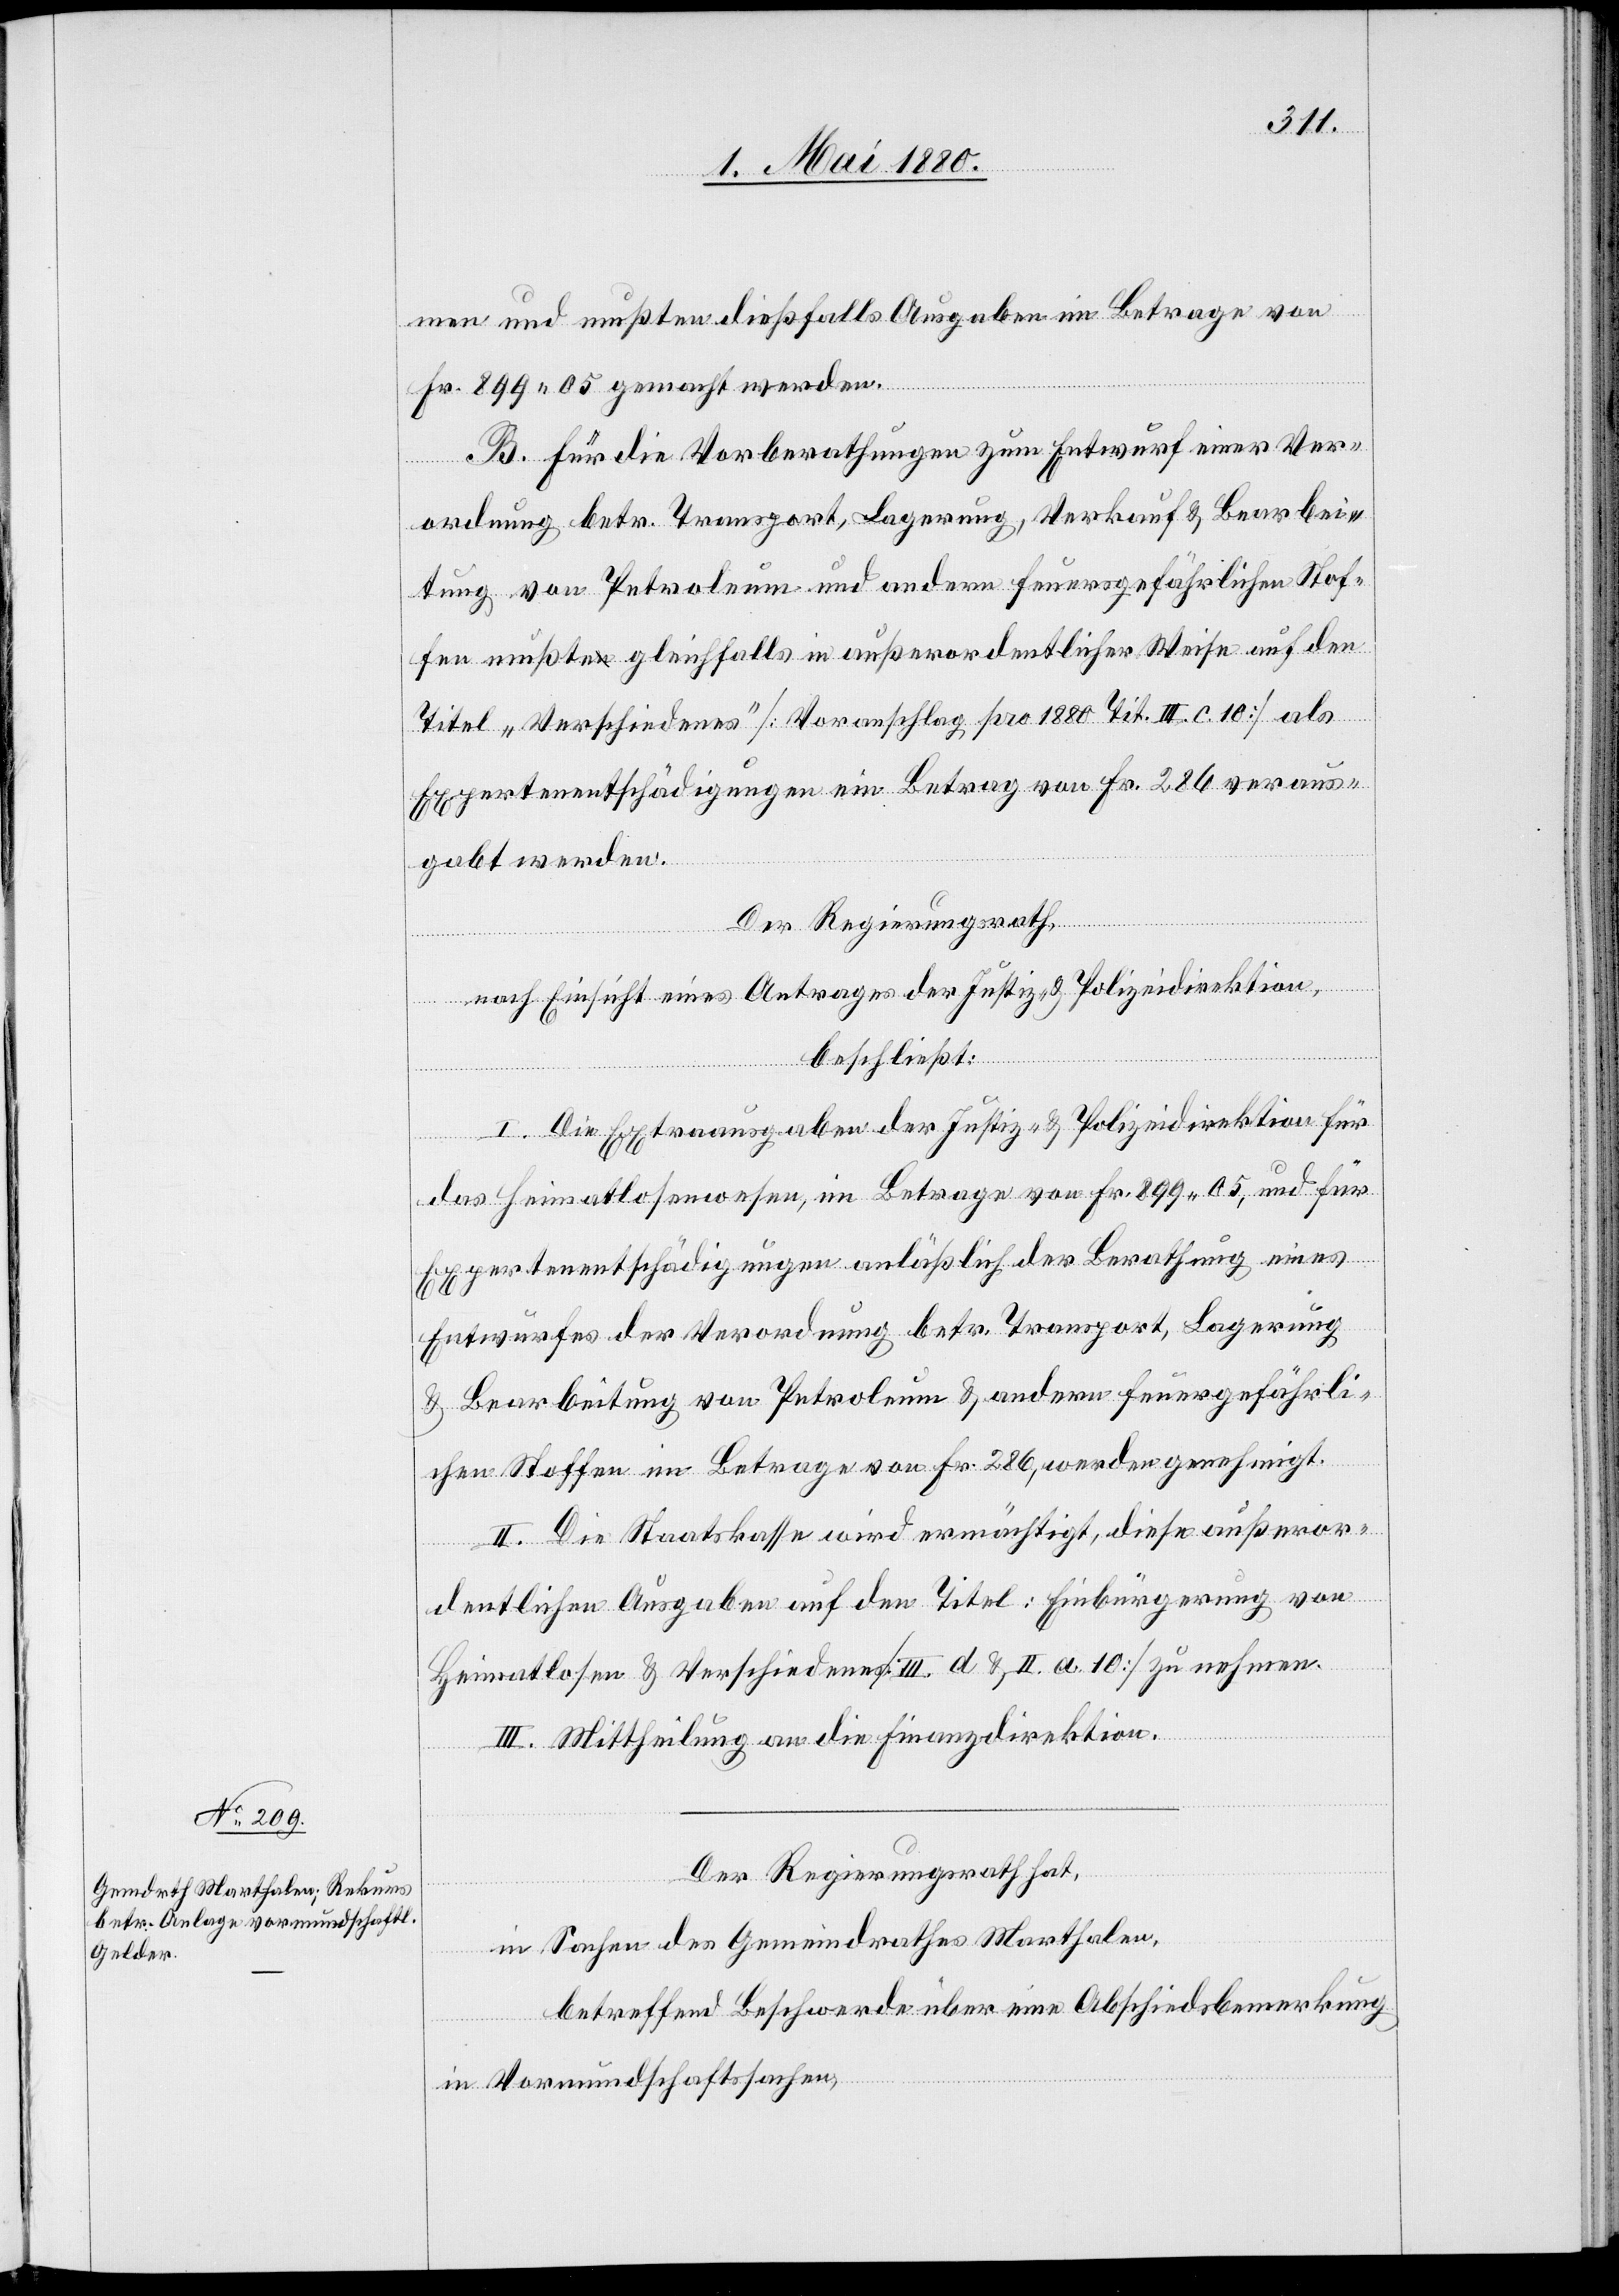
men und mußten dießfalls Ausgaben im Betrage von
Fr. 899.05 gemacht werden.
B. Für die Vorberathungen zum Entwurf einer Ver¬
ordnung betr. Transport, Lagerung, Verkauf & Bearbei¬
tung von Petroleum und andern Feuersgefährlichen Stof¬
fen mußte gleichfalls in außerordentlicher Weise auf den
Titel „Verschiedenes“ [Voranschlag pro 1880 Tit. III c. 10] als
Expertenentschädigungen ein Betrag von Fr. 286 veraus¬
gabt werden.
Der Regierungsrath;
nach Einsicht eines Antrages der Justiz- & Polizeidirektion,
beschließt:
I. Die Expertenausgaben der Justiz- & Polizeidirektion für
das Heimatlosenwesen, im Betrage von Fr. 899.05, und für
Expertenentschädigungen anläßlich der Berathung eines
Entwurfes der Verordnung betr. Transport, Lagerung
& Bearbeitung von Petroleum & andern feuergefährli¬
chen Stoffen im Betrage von Fr. 286, werden genehmigt.
II. Die Staatskasse wird ermächtigt, diese außeror¬
dentlichen Ausgaben auf dem Titel: Einbürgerung von
Heimatlosen & Verschiedenes [III d & II. a. 10] zu nehmen.
III. Mittheilung an die Finanzdirektion.
Der Regierungsrath hat,
in Sachen des Gemeindrathes Marthalen,
betreffend Beschwerde über eine Abschiedsbemerkung
in Vormundschaftssachen,